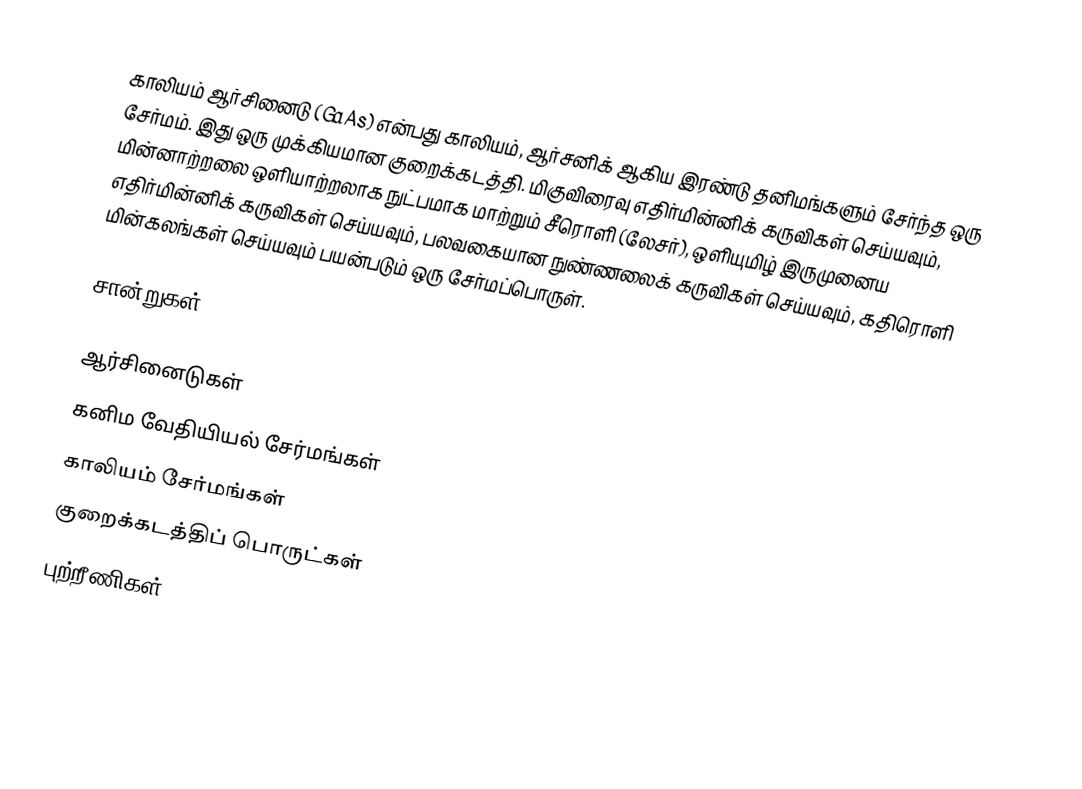
காலியம் ஆர்சினைடு (GaAs) என்பது காலியம், ஆர்சனிக் ஆகிய இரண்டு தனிமங்களும் சேர்ந்த ஒரு சேர்மம். இது ஒரு முக்கியமான குறைக்கடத்தி. மிகுவிரைவு எதிர்மின்னிக் கருவிகள் செய்யவும், மின்னாற்றலை ஒளியாற்றலாக நுட்பமாக மாற்றும் சீரொளி (லேசர்), ஒளியுமிழ் இருமுனைய எதிர்மின்னிக் கருவிகள் செய்யவும், பலவகையான நுண்ணலைக் கருவிகள் செய்யவும், கதிரொளி மின்கலங்கள் செய்யவும் பயன்படும் ஒரு சேர்மப்பொருள்.

சான்றுகள்

ஆர்சினைடுகள்
கனிம வேதியியல் சேர்மங்கள்
காலியம் சேர்மங்கள்
குறைக்கடத்திப் பொருட்கள்
புற்றீணிகள்